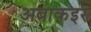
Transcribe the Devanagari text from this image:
अबाकइर